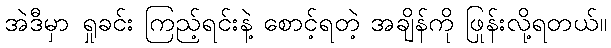
အဲဒီမှာ ရှုခင်း ကြည့်ရင်းနဲ့ စောင့်ရတဲ့ အချိန်ကို ဖြုန်းလို့ရတယ်။